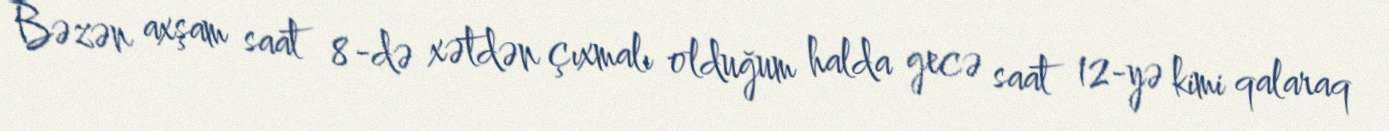
Bəzən axşam saat 8-də xətdən çıxmalı olduğum halda gecə saat 12-yə kimi qalaraq